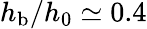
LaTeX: h_{\mathrm{b}}/h_{0}\simeq 0.4